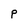
Character: P